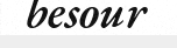
besour